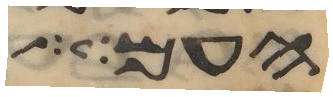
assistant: העם